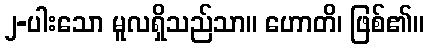
၂-ပါးသော မူလရှိသည်သာ။ ဟောတိ၊ ဖြစ်၏။